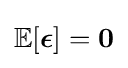
\mathbb {E} [{\boldsymbol {\epsilon }}]=\mathbf {0}